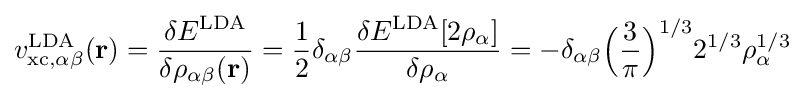
v_{\rm {xc,\alpha \beta }}^{\mathrm {LDA} }(\mathbf {r} )={\frac {\delta E^{\mathrm {LDA} }}{\delta \rho _{\alpha \beta }(\mathbf {r} )}}={\frac {1}{2}}\delta _{\alpha \beta }{\frac {\delta E^{\mathrm {LDA} }[2\rho _{\alpha }]}{\delta \rho _{\alpha }}}=-\delta _{\alpha \beta }{\Big (}{\frac {3}{\pi }}{\Big )}^{1/3}2^{1/3}\rho _{\alpha }^{1/3}